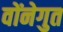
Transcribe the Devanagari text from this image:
वोंनेगुत